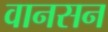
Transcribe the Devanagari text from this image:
वानसन